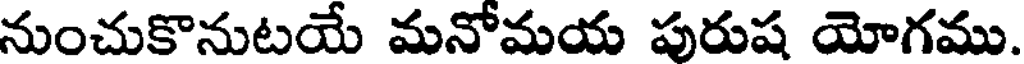
నుంచుకొనుటయే మనోమయ పురుష యోగము.